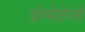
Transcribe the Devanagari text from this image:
प्रोमेतेओ